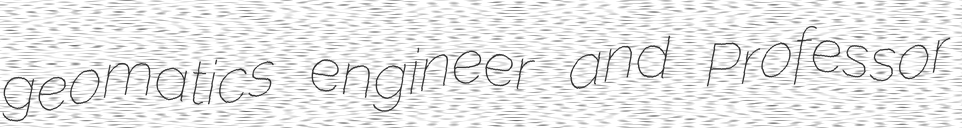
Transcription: geomatics engineer and Professor